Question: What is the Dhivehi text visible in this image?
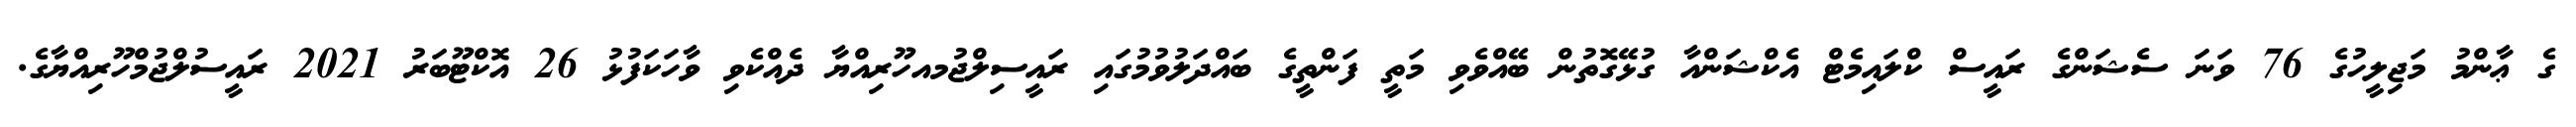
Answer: ގެ ޢާންމު މަޖިލީހުގެ 76 ވަނަ ސެޝަންގެ ރައީސް ކްލައިމެޓް އެކްޝަންއާ ގުޅޭގޮތުން ބޭއްވެވި މަތީ ފަންތީގެ ބައްދަލުވުމުގައި ރައީސިލްޖުމއހޫރިއްޔާ ދެއްކެވި ވާހަކަފުޅު 26 އޮކްޓޫބަރު 2021 ރައީސުލްޖުމްހޫރިއްޔާގެ.